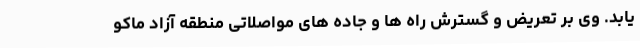
یابد. وی بر تعریض و گسترش راه ها و جاده های مواصلاتی منطقه آزاد ماکو